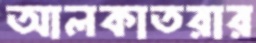
আলকাতরার